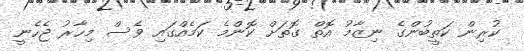
ކުރިން ކަތީބުންގެ ނިޒާމު އޮތް ގޮތަށް ކޮންމެ ކަމެއްގައި ވެސް މިހާރު ޖެހެނީ